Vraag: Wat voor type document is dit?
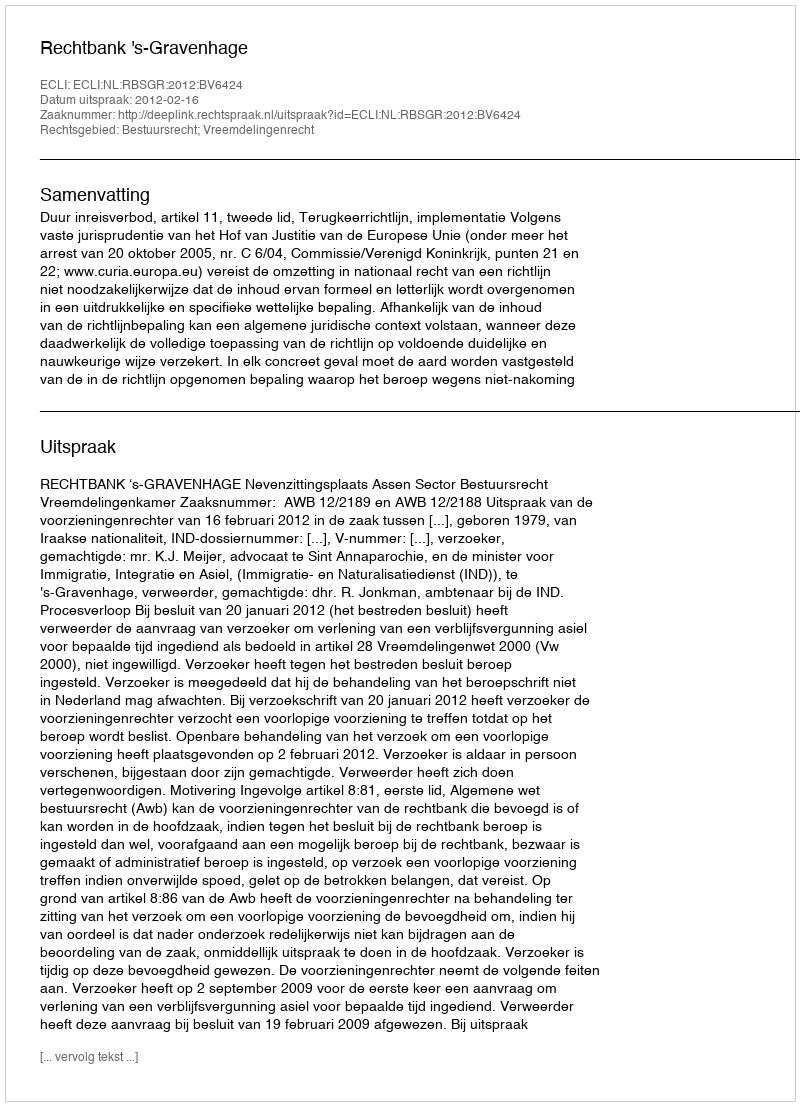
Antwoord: Uitspraak